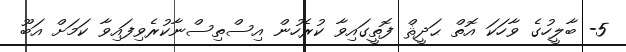
5- ބާލީހުގެ ވާހަކަ އޮތް ޙަދީޘް ފޮތީގައިވާ ކުރެހުން އިސްތިސްނާކުރެވިފައިވާ ކަމަށް އަބޫ